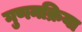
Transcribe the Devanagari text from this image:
गुणनक्रिया